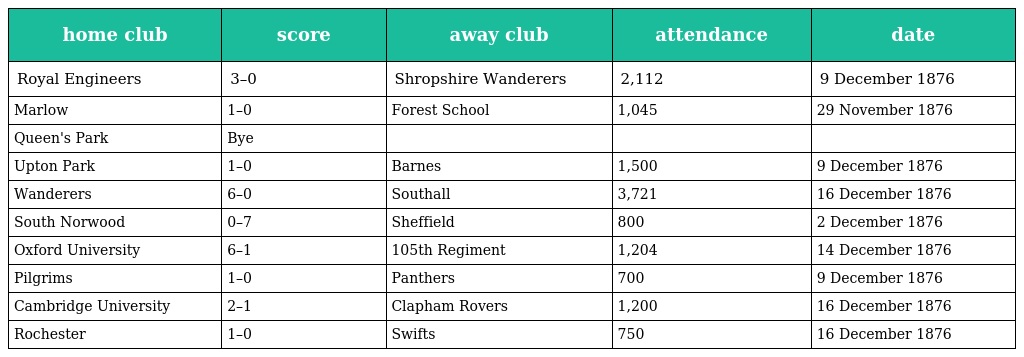
| home club | score | away club | attendance | date |
 | --- | --- | --- | --- | --- |
 | Royal Engineers | 3–0 | Shropshire Wanderers | 2,112 | 9 December 1876 |
 | Marlow | 1–0 | Forest School | 1,045 | 29 November 1876 |
 | Queen's Park | Bye |  |  |  |
 | Upton Park | 1–0 | Barnes | 1,500 | 9 December 1876 |
 | Wanderers | 6–0 | Southall | 3,721 | 16 December 1876 |
 | South Norwood | 0–7 | Sheffield | 800 | 2 December 1876 |
 | Oxford University | 6–1 | 105th Regiment | 1,204 | 14 December 1876 |
 | Pilgrims | 1–0 | Panthers | 700 | 9 December 1876 |
 | Cambridge University | 2–1 | Clapham Rovers | 1,200 | 16 December 1876 |
 | Rochester | 1–0 | Swifts | 750 | 16 December 1876 |